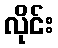
လိုင်း